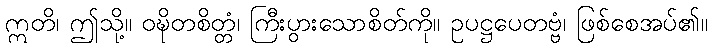
ဣတိ၊ ဤသို့။ ဝဍ္ဎိတစိတ္တံ၊ ကြီးပွားသောစိတ်ကို။ ဥပဋ္ဌပေတဗ္ဗံ၊ ဖြစ်စေအပ်၏။